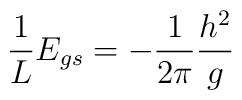
{1\over L}E_{gs}=-{1\over 2\pi} {h^2\over g}